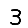
Digit: 3